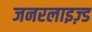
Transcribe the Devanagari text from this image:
जनरलाइज़्ड